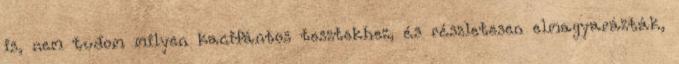
is, nem tudom milyen kacifántos tesztekhez, és részletesen elmagyarázták,